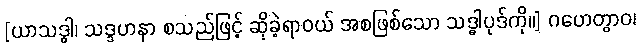
[ယာသဒ္ဓါ၊ သဒ္ဒဟနာ စသည်ဖြင့် ဆိုခဲ့ရာဝယ် အစဖြစ်သော သဒ္ဓါပုဒ်ကို။] ဂဟေတွာဝ၊